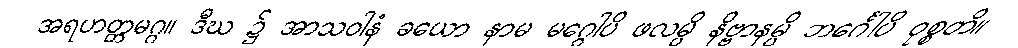
အရဟတ္တမဂ္ဂ။ ဒီဃ ၌ အာသဝါနံ ခယော နာမ မဂ္ဂေါပိ ဖလမ္ပိ နိဗ္ဗာနမ္ပိ ဘင်္ဂေါပိ ဝုစ္စတိ။